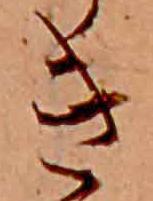
き